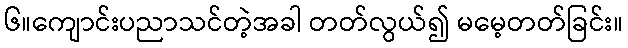
၆။ကျောင်းပညာသင်တဲ့အခါ တတ်လွယ်၍ မမေ့တတ်ခြင်း။